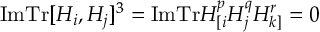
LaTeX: \mathrm { I m T r } [ H _ { i } , H _ { j } ] ^ { 3 } = \mathrm { I m T r } H _ { [ i } ^ { p } H _ { j } ^ { q } H _ { k ] } ^ { r } = 0